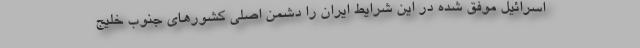
اسرائیل موفق شده در این شرایط ایران را دشمن اصلی کشورهای جنوب خلیج